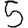
Digit: 5